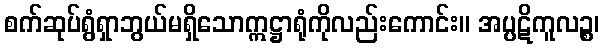
စက်ဆုပ်ရွံရှာဘွယ်မရှိသောဣဋ္ဌာရုံကိုလည်းကောင်း။ အပ္ပဋိကူလဉ္စ၊